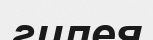
гилея